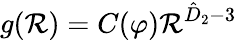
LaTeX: g(\mathcal{R})=C(\varphi)\mathcal{R}^{\hat{{D}}_{2}-{3}}